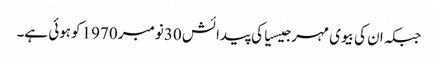
جبکہ ان کی بیوی مہر جیسیاکی پیدائش 30نومبر 1970 کوہوئی ہے۔